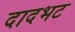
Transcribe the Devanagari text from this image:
दादभट